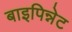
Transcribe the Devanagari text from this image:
बाइपिन्नेट